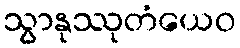
သွာနုဿုတံယေဝ